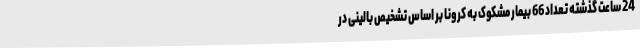
24 ساعت گذشته تعداد 66 بیمار مشکوک به کرونا بر اساس تشخیص بالینی در